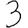
Digit: 3